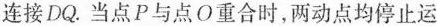
连接DQ。当点P与点O重合时，两动点均停止运